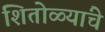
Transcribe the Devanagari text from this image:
शितोळ्यांचे